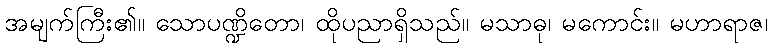
အမျက်ကြီး၏။ သောပဏ္ဍိတော၊ ထိုပညာရှိသည်။ မသာဓု၊ မကောင်း။ မဟာရာဇ၊